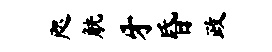
咫觥牙昏政